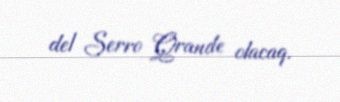
del Serro Qrande olacaq.